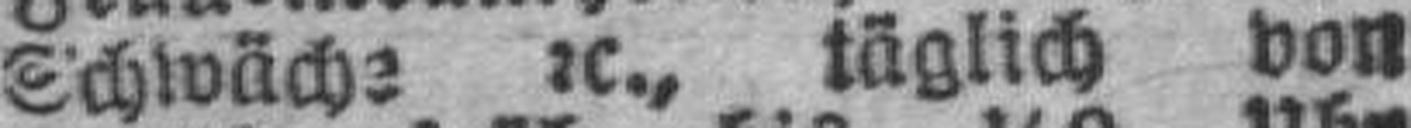
Schwäche 2c., täglich von